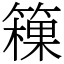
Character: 䉓